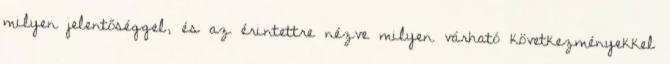
milyen jelentőséggel, és az érintettre nézve milyen várható következményekkel